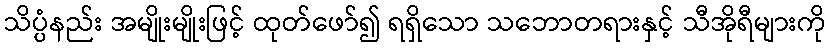
သိပ္ပံနည်း အမျိုးမျိုးဖြင့် ထုတ်ဖော်၍ ရရှိသော သဘောတရားနှင့် သီအိုရီများကို